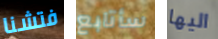
فتشنا سأتابع اليها